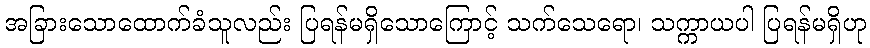
အခြားသောထောက်ခံသူလည်း ပြရန်မရှိသောကြောင့် သက်သေရော၊ သက္ကာယပါ ပြရန်မရှိဟု